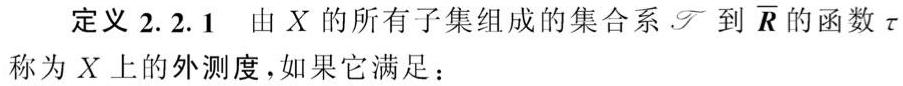
定义 2.2.1 由 $X$ 的所有子集组成的集合系 $\mathscr{T}$ 到 $\overline{\boldsymbol{R}}$ 的函数 $\tau$ 称为 $X$ 上的外测度，如果它满足：